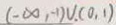
( - \infty , - 1 ) \cup . ( 0 , 1 )